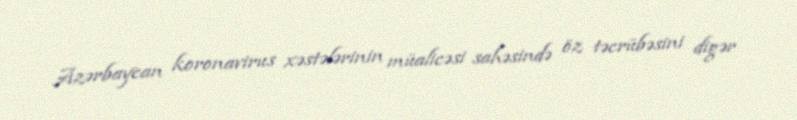
Azərbaycan koronavirus xəstələrinin müalicəsi sahəsində öz təcrübəsini digər